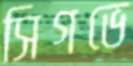
সিগভে